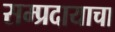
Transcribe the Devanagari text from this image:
सम्प्रदायाचा